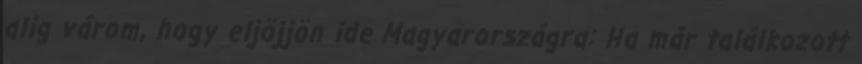
alig várom, hogy eljöjjön ide Magyarországra: Ha már találkozott